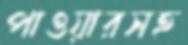
পাওয়ারসহ